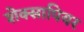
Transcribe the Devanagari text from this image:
शेक्सापियर